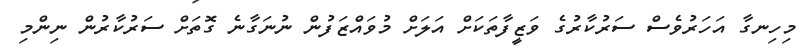
މިހިނގާ އަހަރުވެސް ސަރުކާރުގެ ވަޒީފާތަކަށް އަލަށް މުވައްޒަފުން ނުނަގާނެ ގޮތަށް ސަރުކާރުން ނިންމި